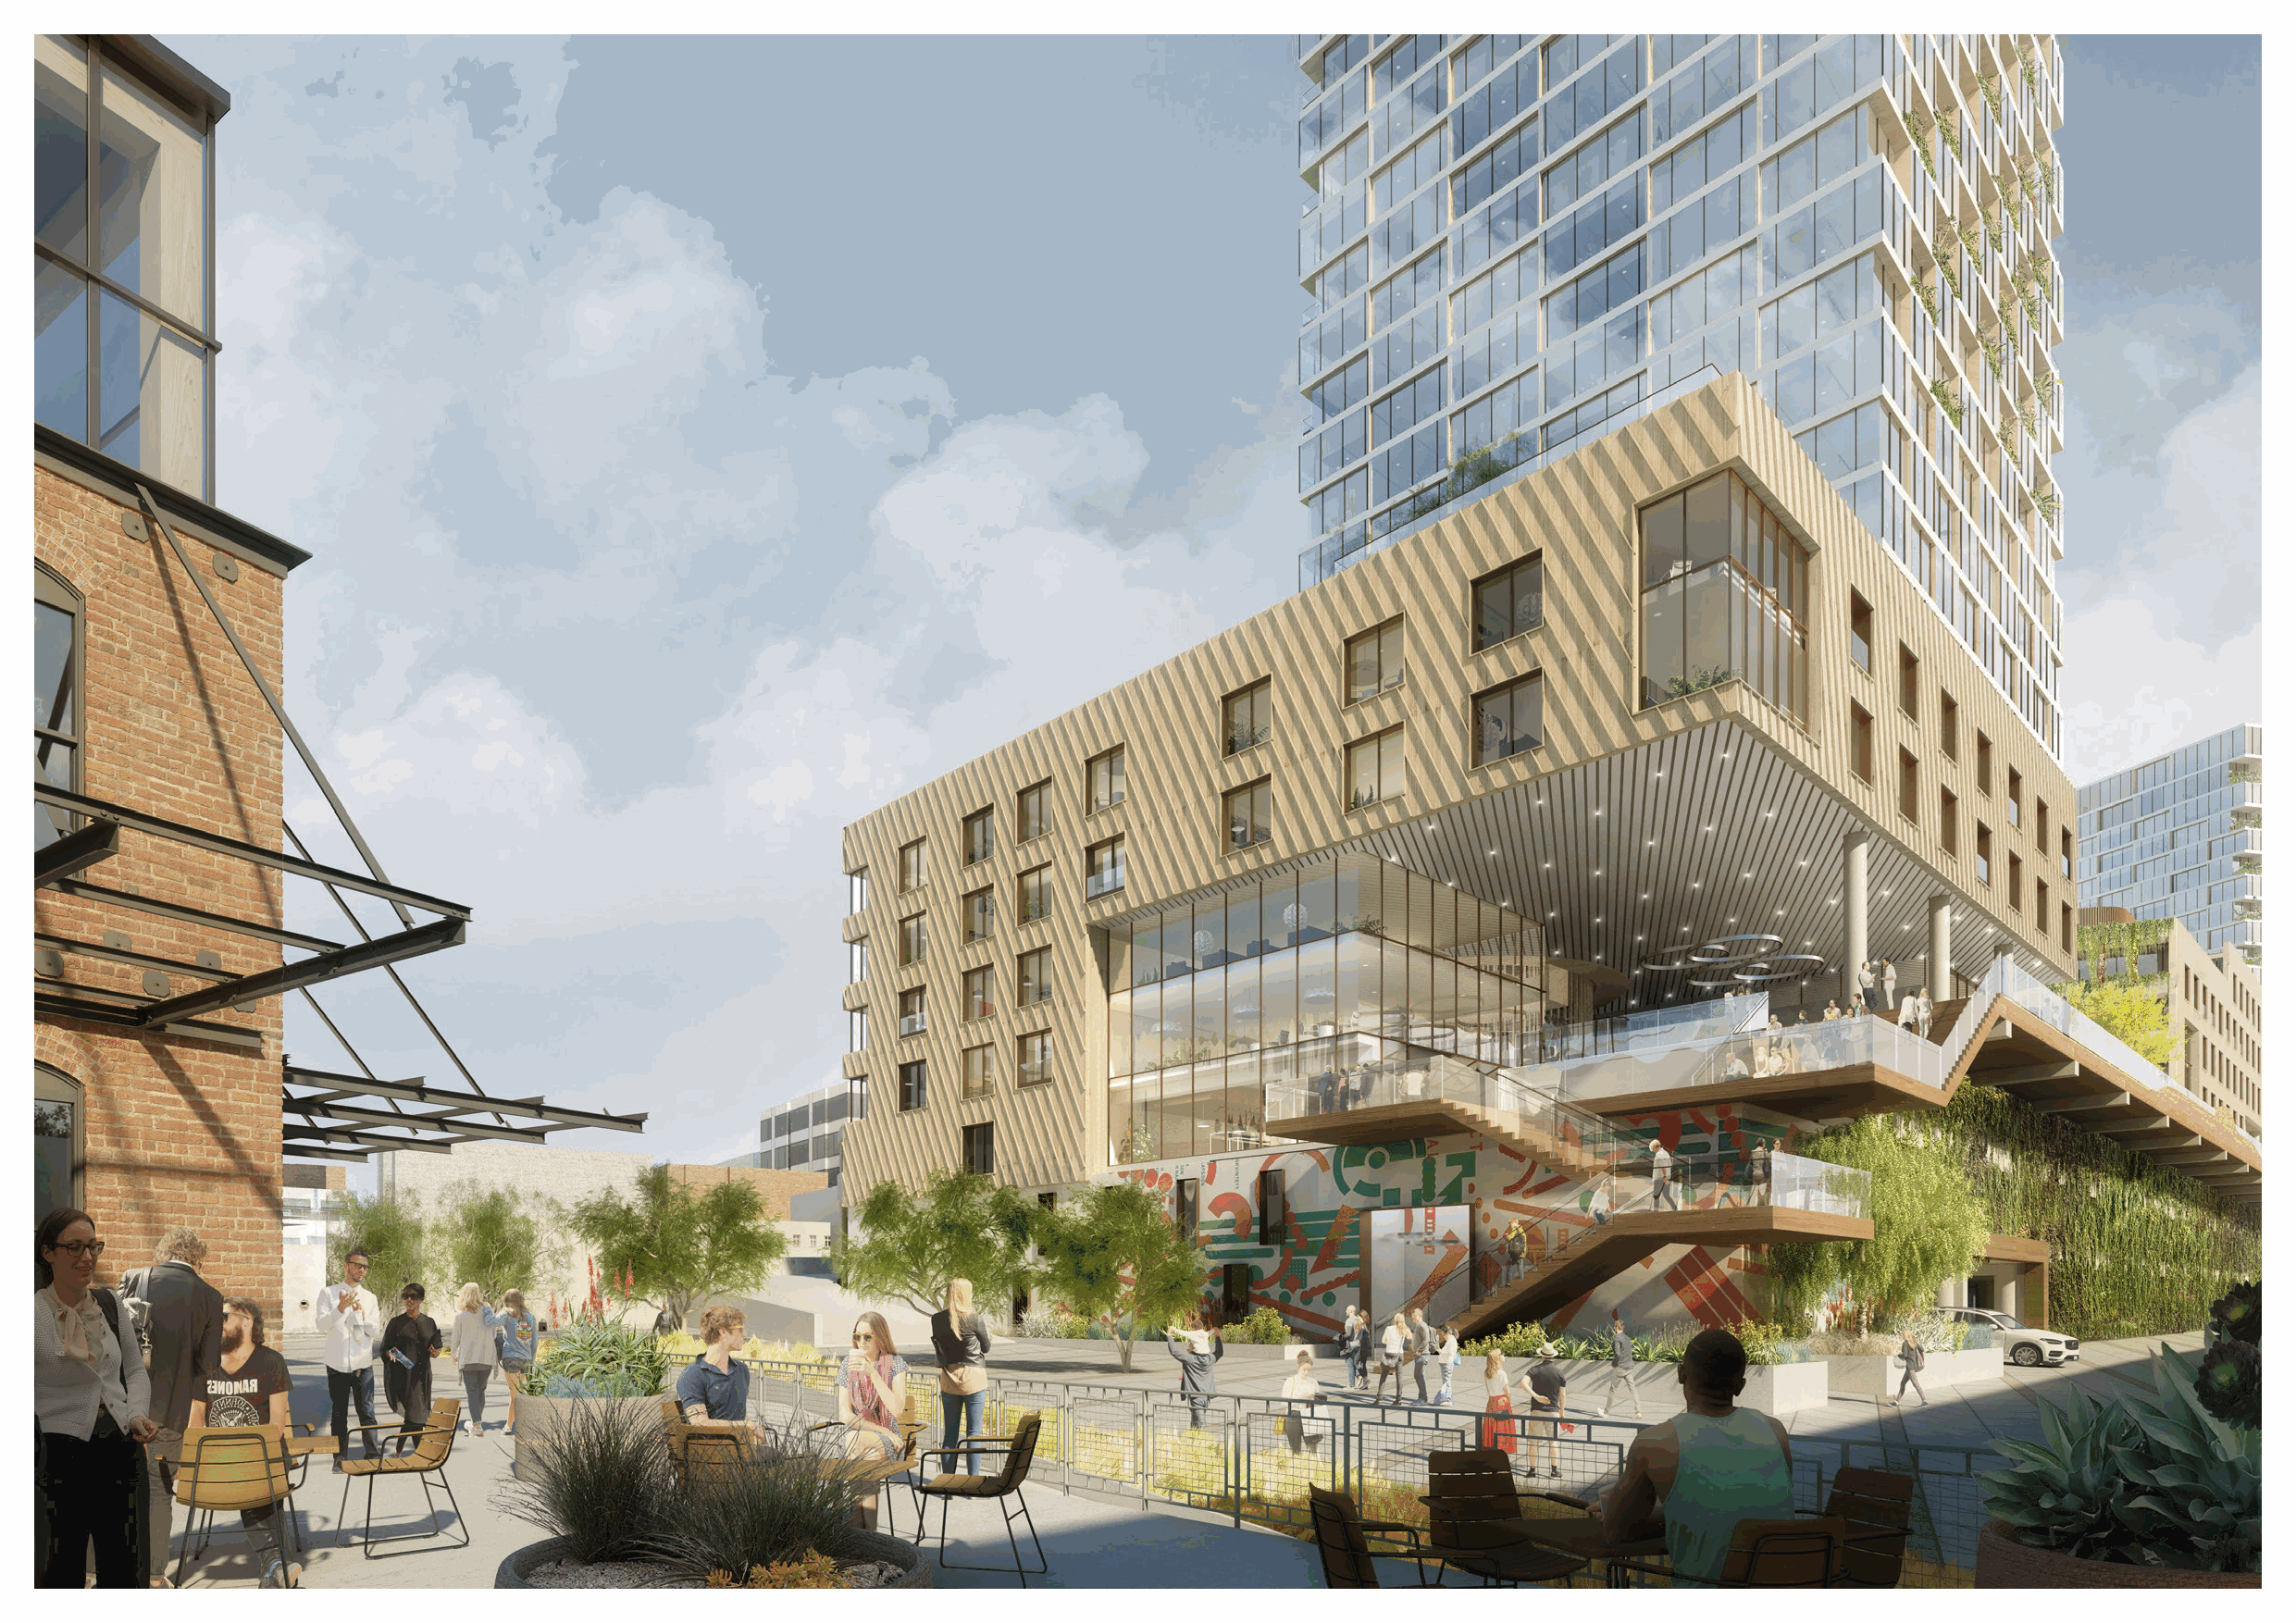
RIOS 精选项目方案                                                                                                                                 RIOS 精选项目方案